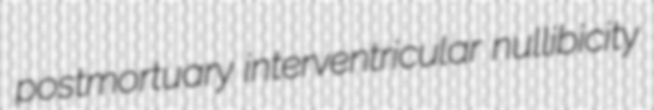
postmortuary interventricular nullibicity